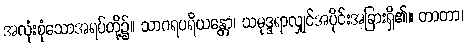
အလုံးစုံသောအရပ်တို့၌။ သာဂရပရိယန္တော၊ သမုဒ္ဒရာလျှင်အပိုင်းအခြားရှိ၏။ တာတာ၊